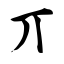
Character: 丌